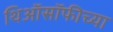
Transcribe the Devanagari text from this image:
थिऑसॉफीच्या